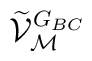
\widetilde{\mathcal V}_{\mathcal M}^{G_{\scriptsize BC}}